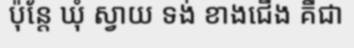
ប៉ុន្តែ ឃុំ ស្វាយ ទង់ ខាងជើង គឺជា